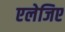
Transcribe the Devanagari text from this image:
एलेजिए